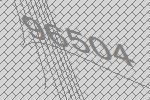
96504